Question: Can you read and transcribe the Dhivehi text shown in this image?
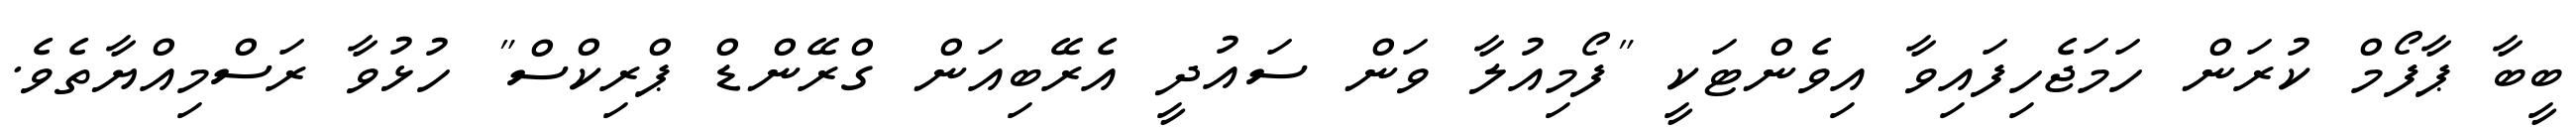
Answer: ބީބާ ޕާފޯމް ކުރަން ހަމަޖެހިފައިވާ އިވެންޓަކީ "ފޯމިއުލާ ވަން ސައުދީ އެރޭބިއަން ގްރޭންޑް ޕްރިކްސް" ހުޅުވާ ރަސްމިއްޔާތެވެ.